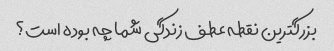
بزرگترین نقطه عطف زندگی شما چه بوده است؟